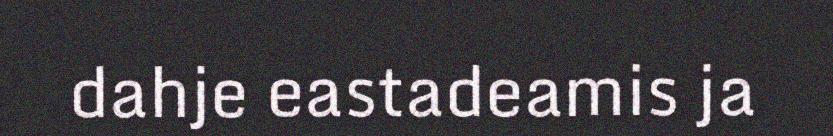
dahje eastadeamis ja